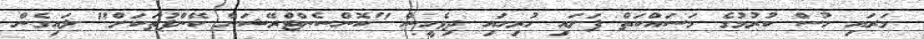
މަރައި ހުސް ކުރުމުގެ މަސައްކަތް ފަށައި ހުރިހައި ދިވެހީން "ކޮންސެންޓްރޭޝަން ކޭންޕުތަކަށް" ލައިގެން